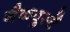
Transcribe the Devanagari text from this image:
नैकवुर्स्टे